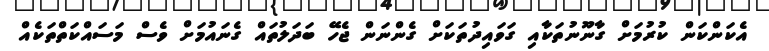
އެކަންކަން ކުރުމަށް ގާނޫނުތަކާއި ގަވައިދުތަކަށް ގެންނަން ޖެހޭ ބަދަލުތައް ގެނައުމަށް ވެސް މަސައްކަތްތަކެއް